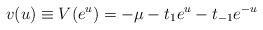
LaTeX: \begin{align*}v(u) \equiv V(e^u) = -\mu -t _1e^u -t_{-1} e^{-u}\end{align*}